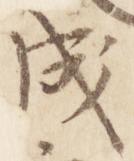
成